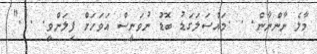
މާލެ ނާންނާން. . .މައްސަލަގަޑު ބޮޑު ނުވަނީސް އަވަހަށް ފިލަންވީ. . ."